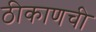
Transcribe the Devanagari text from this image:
ठीकाणची